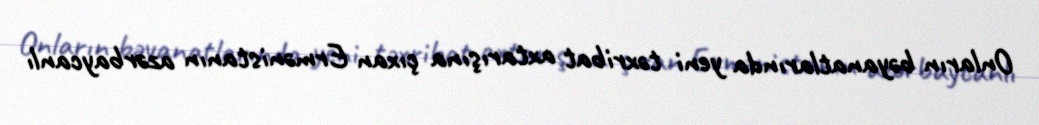
Onların bəyanatlarında yeni təxribat axtarışına çıxan Ermənistanın azərbaycanlı